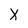
Character: X